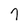
Character: 7